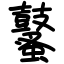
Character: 鼜